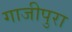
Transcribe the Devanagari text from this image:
गाजीपुरा